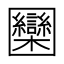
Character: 圞